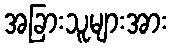
အခြားသူများအား